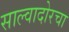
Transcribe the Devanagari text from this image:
साल्वादोरचा